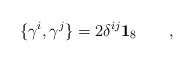
\begin{align*}\{\gamma ^{i},\gamma ^{j}\}=2\delta ^{ij}\mathbf{1}_{8}\qquad ,\end{align*}